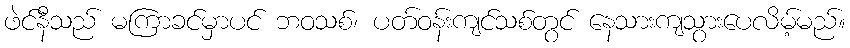
ဖဲင်နီသည် မကြာခင်မှာပင် ဘဝသစ်၊ ပတ်ဝန်းကျင်သစ်တွင် နေသားကျသွားပေလိမ့်မည်။